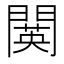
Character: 䦫